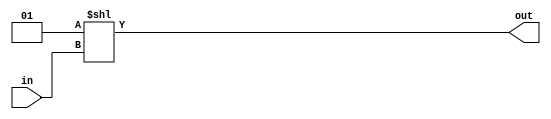
module decoder_three_eight(in, out);
    input [2:0] in;
    
    output [7:0] out;

    // Shifting the one "in" positions to the left to implement one hot code
    wire [7:0] out = 1 << in;
endmodule